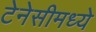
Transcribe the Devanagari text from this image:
टेनेसीमध्ये